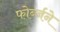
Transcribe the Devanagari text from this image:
फोर्ब्जने